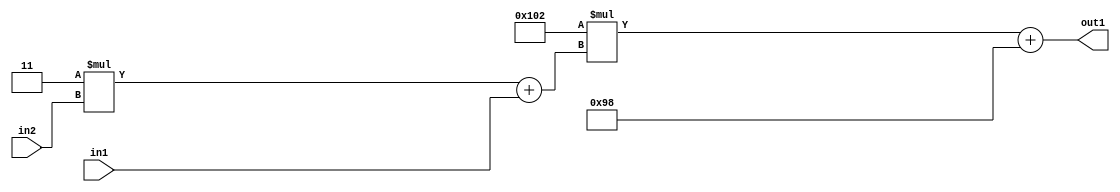
`timescale 1ps / 1ps
/*****************************************************************************
    Verilog RTL Description
    
    
    Created by: Stratus DpOpt 2019.1.01 
*******************************************************************************/

module DC_Filter_Add2i152Mul2i258Add2u1Mul2i3u2_1 (
	in2,
	in1,
	out1
	); /* architecture "behavioural" */ 
input [1:0] in2;
input  in1;
output [11:0] out1;
wire [11:0] asc001;
wire [3:0] asc002;

wire [3:0] asc002_tmp_0;
assign asc002_tmp_0 = 
	+(4'B0011 * in2);
assign asc002 = asc002_tmp_0
	+(in1);

wire [11:0] asc001_tmp_1;
assign asc001_tmp_1 = 
	+(12'B000100000010 * asc002);
assign asc001 = asc001_tmp_1
	+(12'B000010011000);

assign out1 = asc001;
endmodule

/* CADENCE  v7X3SAs= : u9/ySgnWtBlWxVPRXgAZ4Og= ** DO NOT EDIT THIS LINE ******/